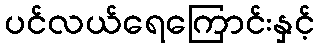
ပင်လယ်ရေကြောင်းနှင့်